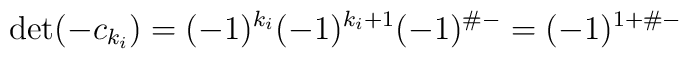
\det(-c_{k_i}) = (-1)^{k_i}(-1)^{k_i+1}(-1)^{\#-} =  (-1)^{1+\#-}